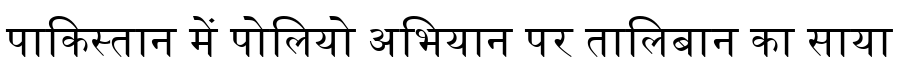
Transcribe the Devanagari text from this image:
पाकिस्तान में पोलियो अभियान पर तालिबान का साया